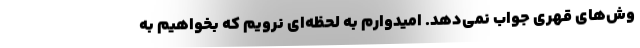
وش‌های قهری جواب نمی‌دهد. امیدوارم به لحظه‌ای نرویم که بخواهیم به